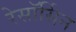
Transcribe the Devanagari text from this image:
रेसॉर्सिन